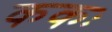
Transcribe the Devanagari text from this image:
ककः